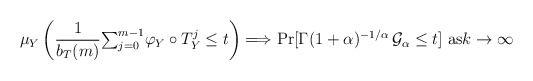
\begin{align*}\mu_{Y}\left( \frac{1}{b_{T}(m)}{\textstyle\sum_{j=0}^{m-1}}\varphi_{Y}\circ T_{Y}^{j}\leq t\right) \Longrightarrow\Pr[\Gamma(1+\alpha)^{-1/\alpha}\,\mathcal{G}_{\alpha}\leq t]\text{ as}k\rightarrow\infty\end{align*}